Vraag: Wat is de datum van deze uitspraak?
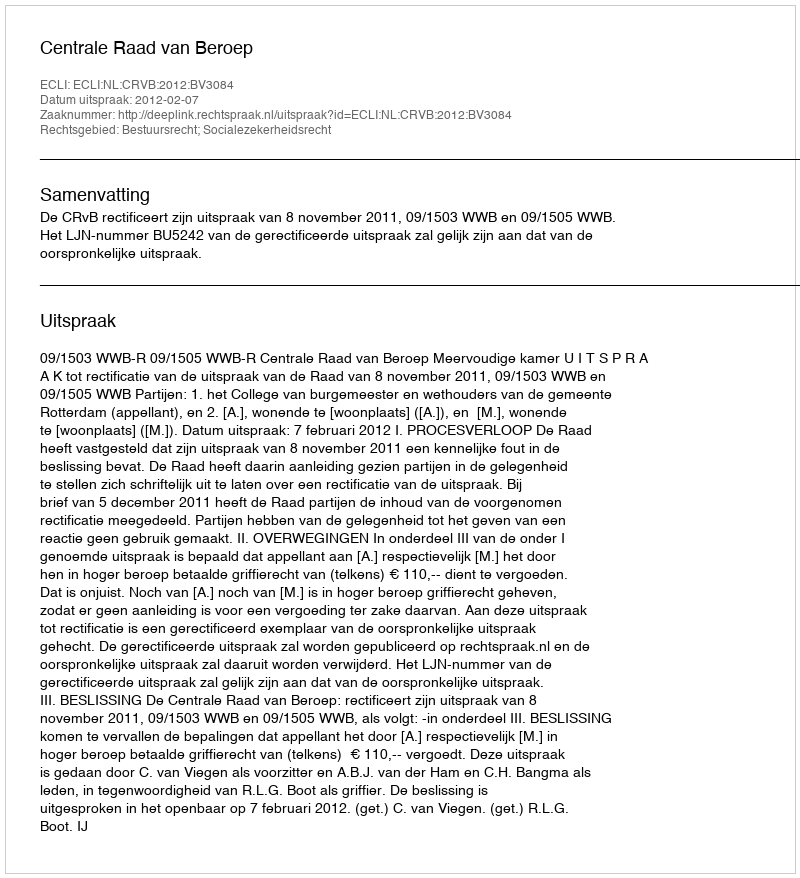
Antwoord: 2012-02-07